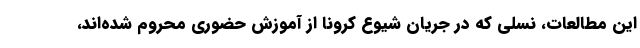
این مطالعات، نسلی که در جریان شیوع کرونا از آموزش حضوری محروم شده‌اند،